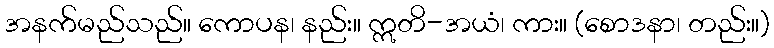
အနက်မည်သည်။ ကောပန၊ နည်း။ ဣတိ-အယံ၊ ကား။ (စောဒနာ၊ တည်း။)